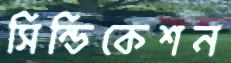
সিন্ডিকেশন